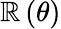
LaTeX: \mathbb{R}\left(\theta\right)